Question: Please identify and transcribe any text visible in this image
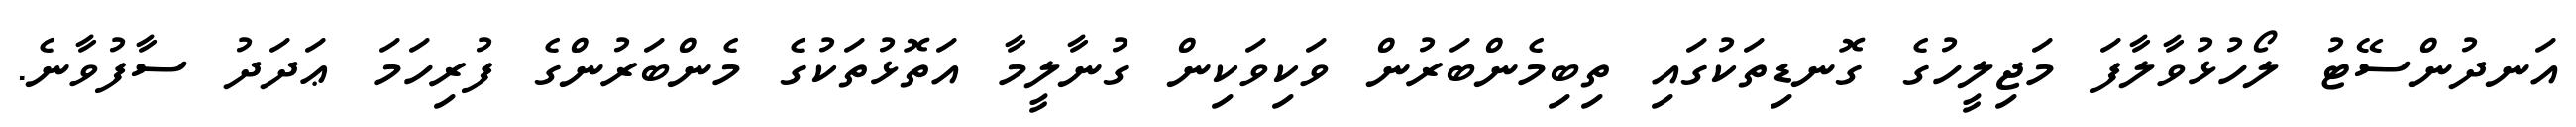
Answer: އަނދުންސޭޓު ލޯހުޅުވާލާފަ މަޖިލީހުގެ ގޮނޑިތަކުގައި ތިބިމެންބަރުން ވަކިވަކިން ގުނާލީމާ އަތޮޅުތަކުގެ މެންބަރުންގެ ފުރިހަމަ ޢަދަދު ސާފުވާނެ.